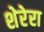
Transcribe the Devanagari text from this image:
शेरेरा